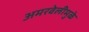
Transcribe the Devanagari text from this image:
अमरवेलीमुळे